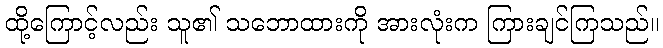
ထို့ကြောင့်လည်း သူ၏ သဘောထားကို အားလုံးက ကြားချင်ကြသည်။